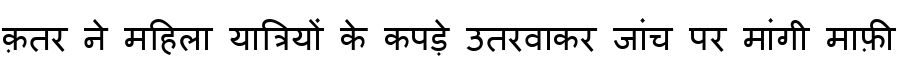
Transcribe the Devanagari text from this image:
क़तर ने महिला यात्रियों के कपड़े उतरवाकर जांच पर मांगी माफ़ी